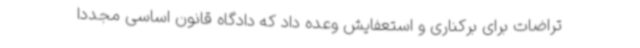
تراضات برای برکناری و استعفایش وعده داد که دادگاه قانون اساسی مجددا